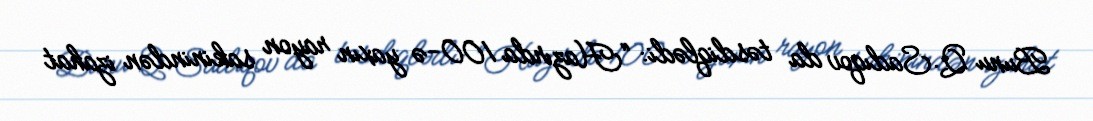
Bunu Q.Sadıqov da təsdiqlədi: “Hazırda 100-ə yaxın rayon sakinindən izahat